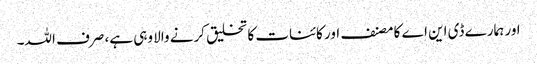
اور ہمارے ڈی این اے کا مصنف اور کائنات کا تخلیق کرنے والا وہی ہے، صرف اللہ۔